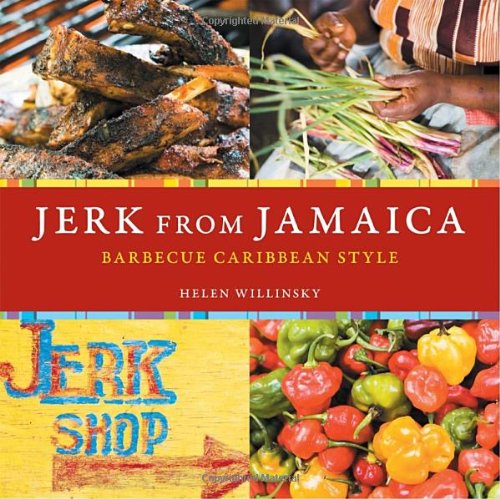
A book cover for Jerk from Jamaica: Barbecue Caribbean Style; Helen Willinsky; Cookbooks, Food & Wine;